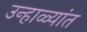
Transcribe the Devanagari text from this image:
उन्हाळ्यांत